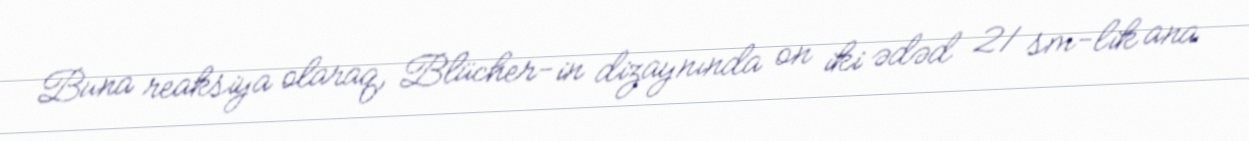
Buna reaksiya olaraq, Blücher-in dizaynında on iki ədəd 21 sm-lik ana